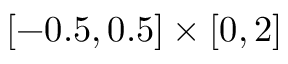
[ - 0 . 5 , 0 . 5 ] \times [ 0 , 2 ]